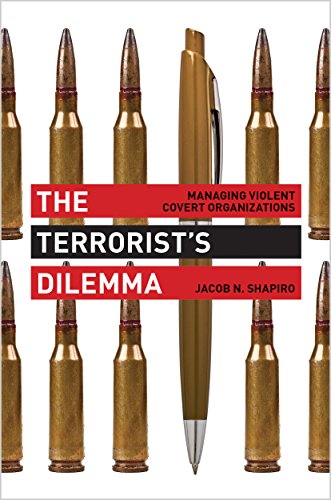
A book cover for The Terrorist's Dilemma: Managing Violent Covert Organizations; Jacob N. Shapiro; Health, Fitness & Dieting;